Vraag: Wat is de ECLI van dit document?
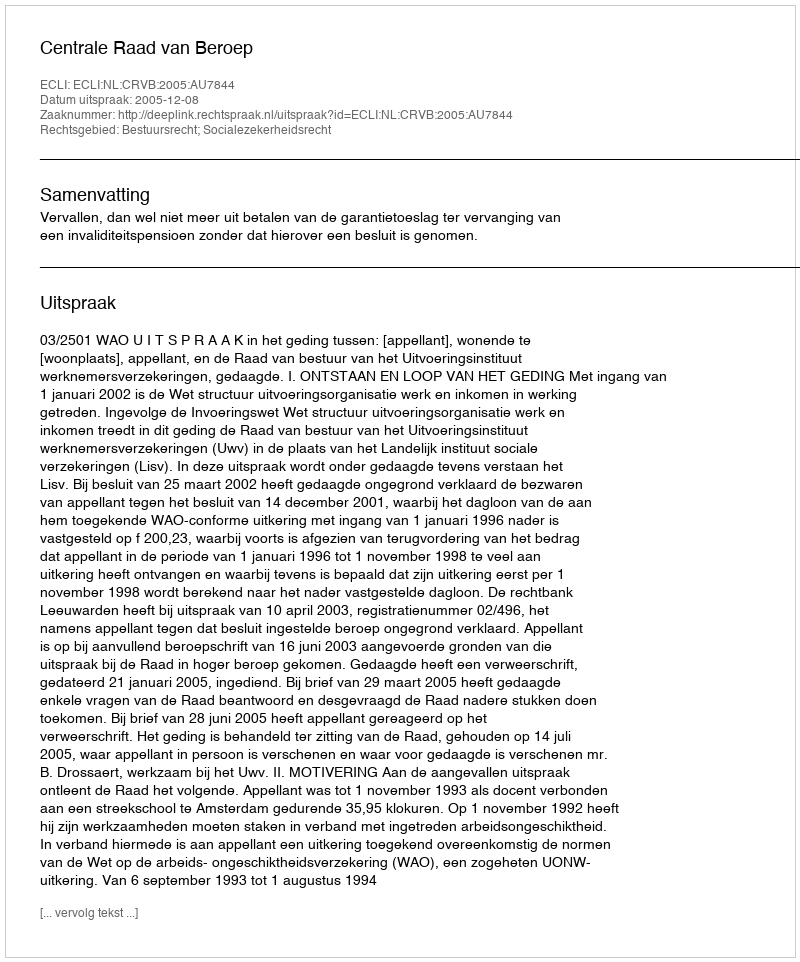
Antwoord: ECLI:NL:CRVB:2005:AU7844